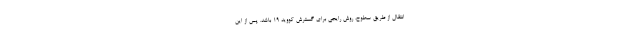
انتقال از طریق سطوح، روش رایجی برای گسترش کووید ۱۹ باشد. پس از این